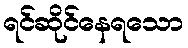
ရင်ဆိုင်နေရသော